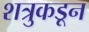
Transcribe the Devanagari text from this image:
शत्रुकडून